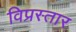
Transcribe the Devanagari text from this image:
विप्रस्तार